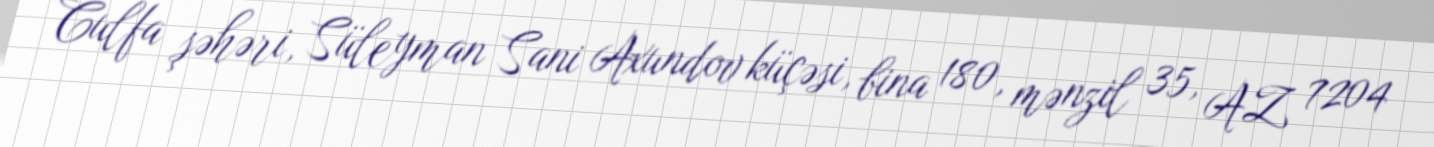
Culfa şəhəri, Süleyman Sani Axundov küçəsi, bina 180, mənzil 35, AZ 7204